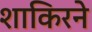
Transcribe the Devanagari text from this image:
शाकिरने